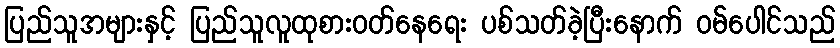
ပြည်သူအများနှင့် ပြည်သူလူထုစားဝတ်နေရေး ပစ်သတ်ခဲ့ပြီးနောက် ဝမ်ပေါင်သည်